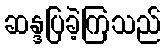
ဆန္ဒပြခဲ့ကြသည်